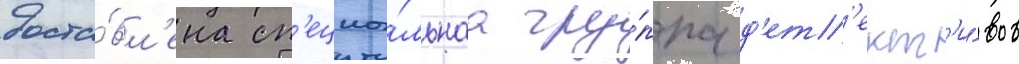
доста́вл'ена сп'ециа́льнаа гру́ппа д'ет'ект'и́вов